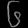
Digit: ၆